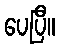
ပေပြီ။